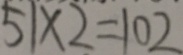
5 1 \times 2 = 1 0 2